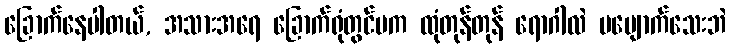
ခြောက်နေပါတယ်, အသားအရေ ခြောက်ရုံတွင်မက ထုံတုန်တုန် ရောဂါလဲ မပျောက်သေးဘဲ